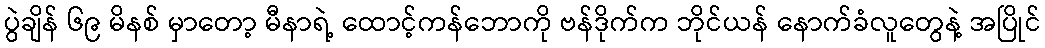
ပွဲချိန် ၆၉ မိနစ် မှာတော့ မီနာရဲ့ ထောင့်ကန်ဘောကို ဗန်ဒိုက်က ဘိုင်ယန် နောက်ခံလူတွေနဲ့ အပြိုင်